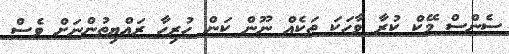
ސެންސް މޭކް ކުރާ ވާހަކަ ތަކެއް ނޫން ކަން ހުރިހާ ރައްޔިތުންނަށް ވެސް